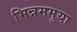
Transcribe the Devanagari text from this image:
भिन्नममुया